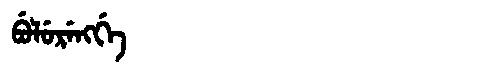
Manchu: ᠪᡠᠯᡠᡵᡝᠩᡤᡝ
Romanization: BULURENGGE